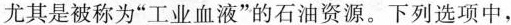
尤其是被称为”工业血液”的石油资源。下列选项中，